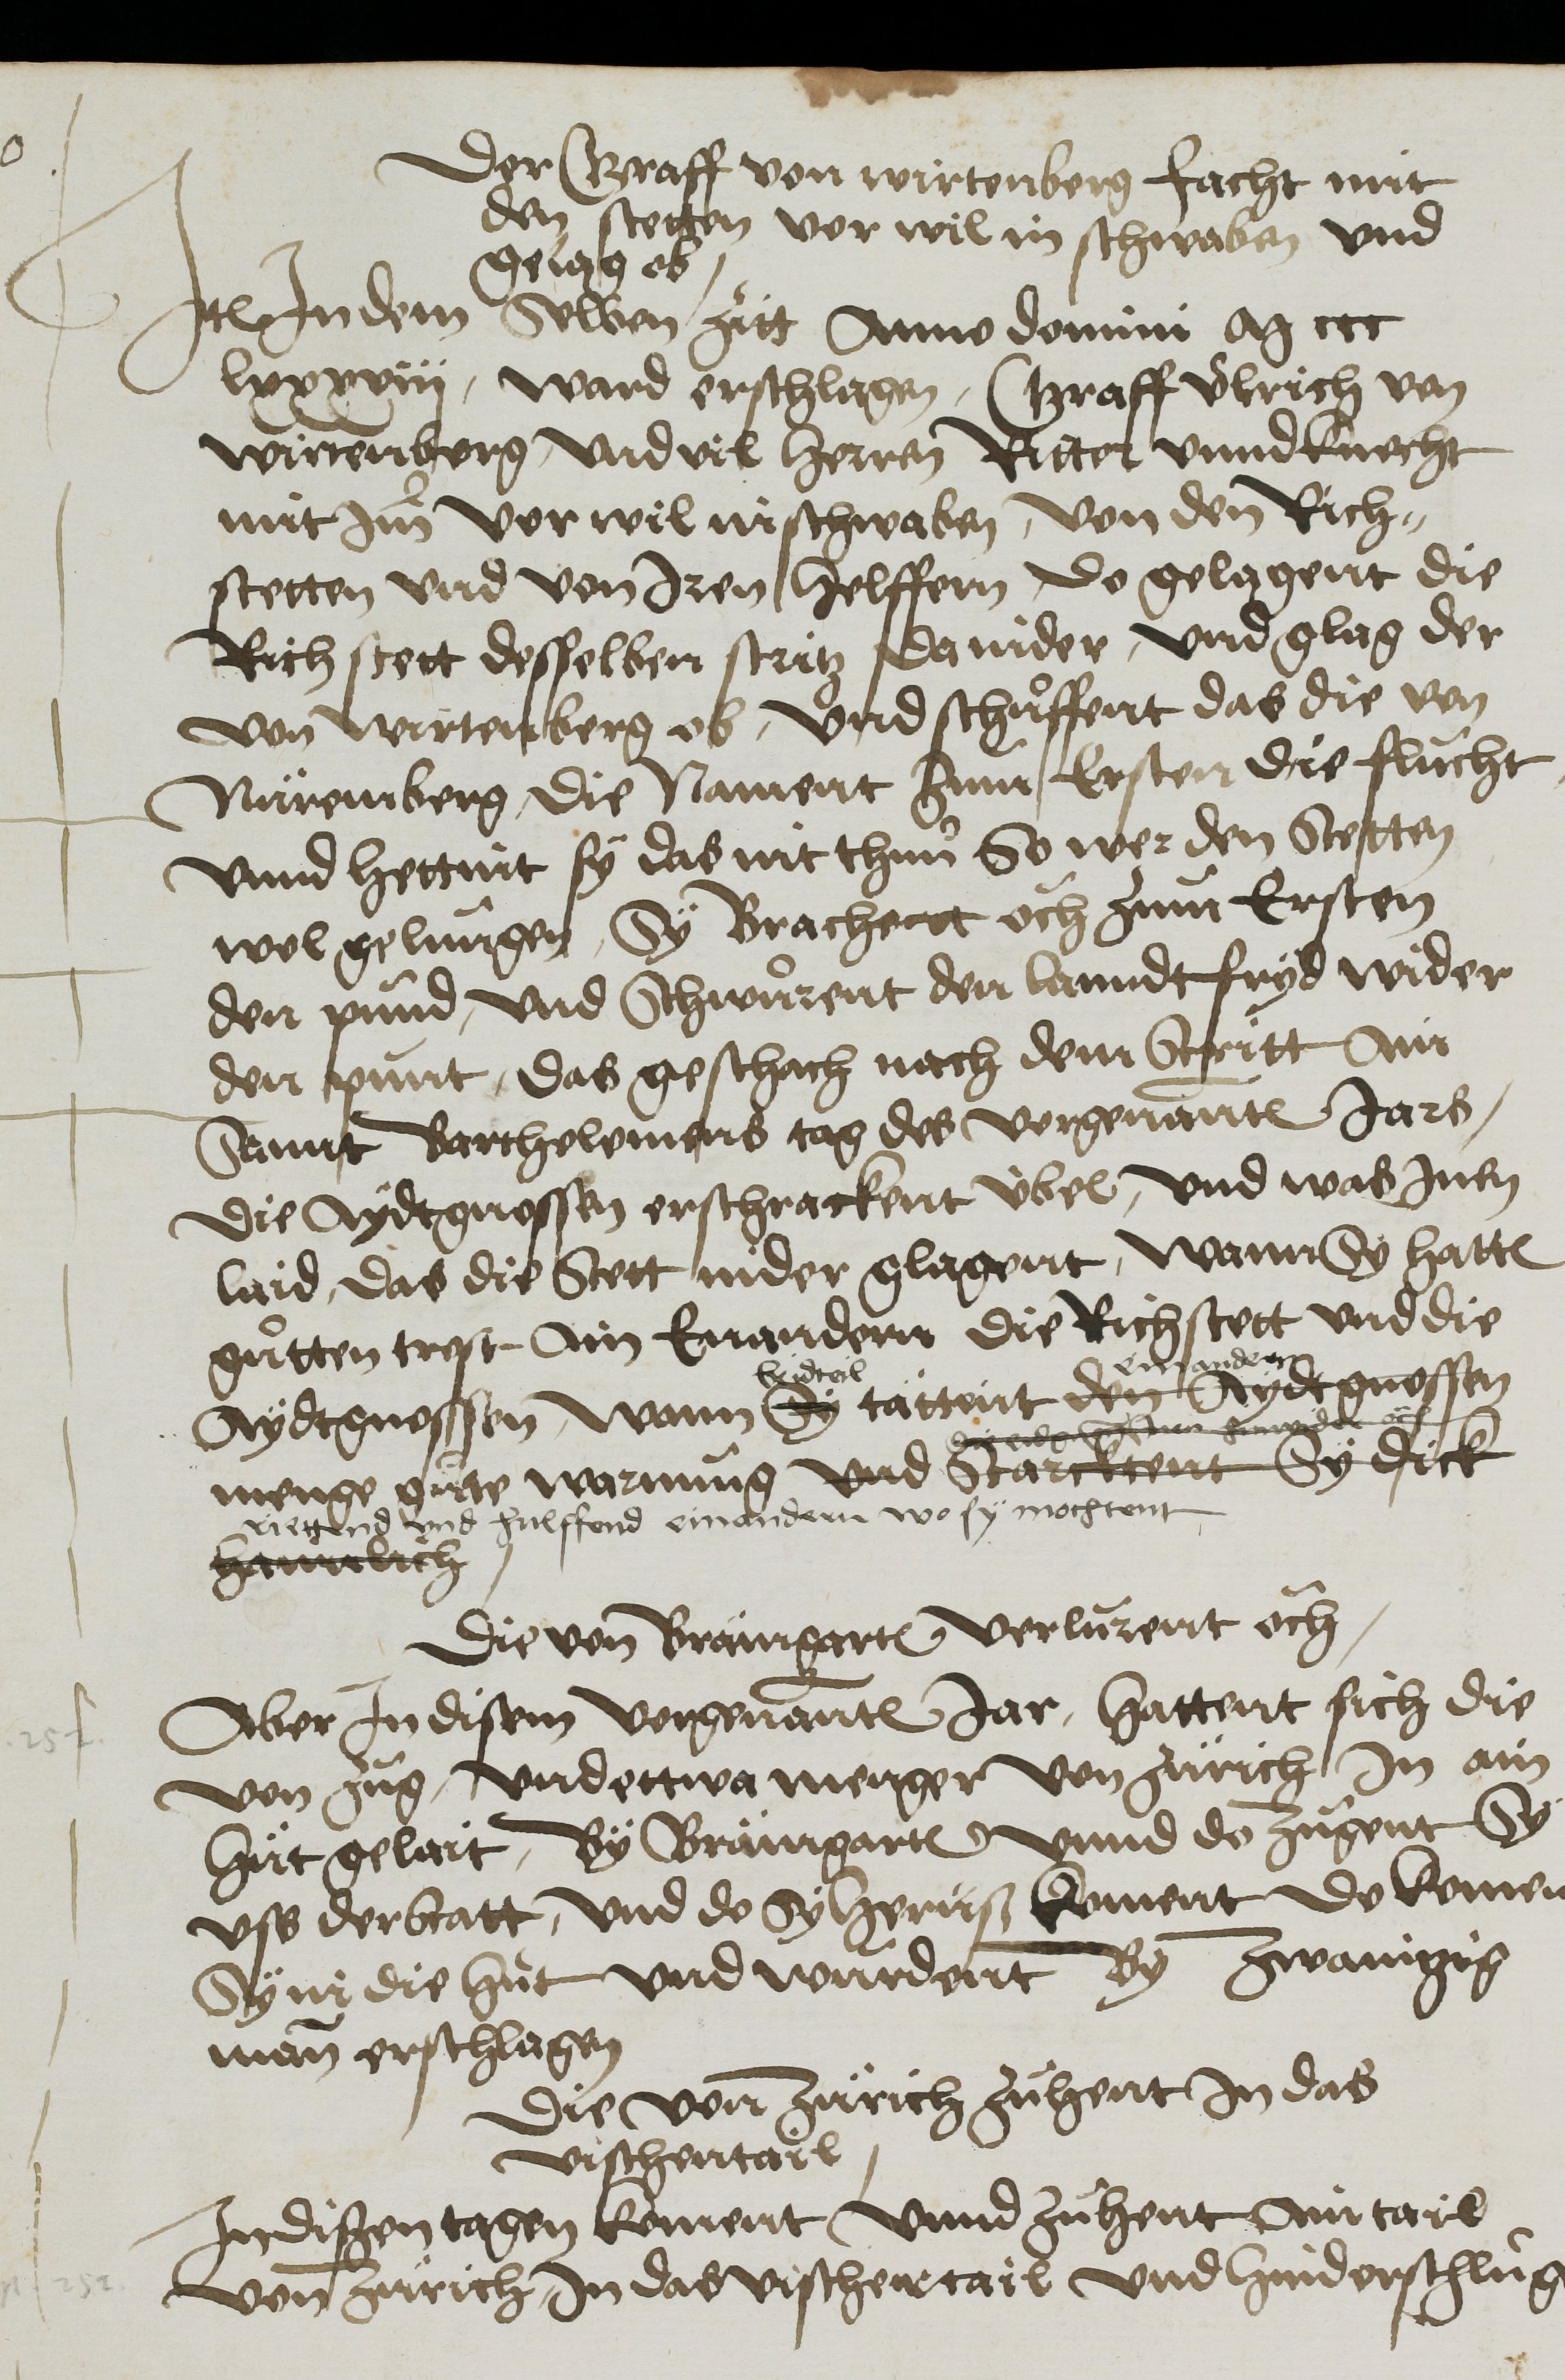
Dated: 1450–1599